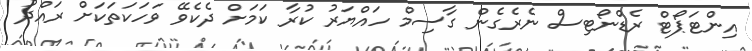
އިންޓަޕޯޓް ރެޑްނޯޓިސް ނެރެގެން ގާސިމް ހައްޔަރު ކުރާ ކަމަށް ދެކެވޭ ވަހަކަތަކަށް ރައްދު